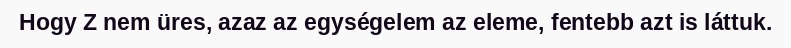
Hogy Z nem üres, azaz az egységelem az eleme, fentebb azt is láttuk.